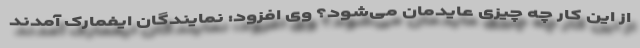
از این کار چه چیزی عایدمان می‌شود؟ وی افزود: نمایندگان ایفمارک آمدند